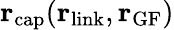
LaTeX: {\mathbf r}_{\textrm{cap}}({\mathbf r}_{\textrm{link}},{\mathbf r}_{\textrm{GF}})